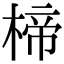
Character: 楴